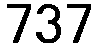
737